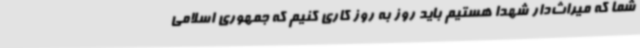
شما که میراث‌دار شهدا هستیم باید روز به روز کاری کنیم که جمهوری اسلامی